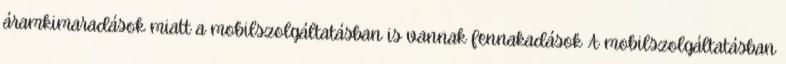
áramkimaradások miatt a mobilszolgáltatásban is vannak fennakadások A mobilszolgáltatásban